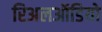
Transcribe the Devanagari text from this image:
रिअलऑडियो